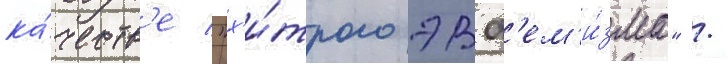
ка́честв'е "х'и́трого эвф'ем'и́зма" /